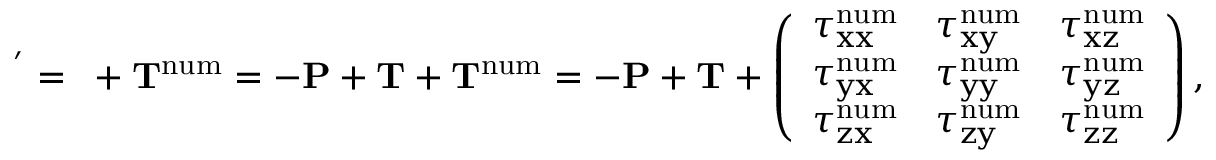
\bf \Pi ^ { ' } = \bf \Pi + \bf T ^ { \mathrm { n u m } } = - \bf P + \bf T + \bf T ^ { \mathrm { n u m } } = - \bf P + \bf T + \left( \begin{array} { l c r } { \tau _ { x x } ^ { \mathrm { n u m } } } & { \tau _ { x y } ^ { \mathrm { n u m } } } & { \tau _ { x z } ^ { \mathrm { n u m } } } \\ { \tau _ { y x } ^ { \mathrm { n u m } } } & { \tau _ { y y } ^ { \mathrm { n u m } } } & { \tau _ { y z } ^ { \mathrm { n u m } } } \\ { \tau _ { z x } ^ { \mathrm { n u m } } } & { \tau _ { z y } ^ { \mathrm { n u m } } } & { \tau _ { z z } ^ { \mathrm { n u m } } } \end{array} \right) ,